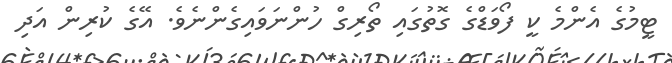
ޓީމުގެ އެންމެ ކީ ފޯވަޑްގެ ގޮތުގައި ތޯރިގް ހުންނަވައިގެންނެވެ. އޭގެ ކުރިން އަދި